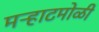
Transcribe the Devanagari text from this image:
मऱ्हाटमोळी